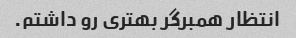
انتظار همبرگر بهتری رو داشتم.